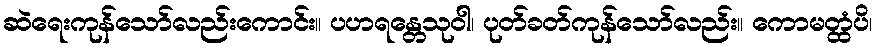
ဆဲရေးကုန်သော်လည်းကောင်း။ ပဟရန္တေသုဝါ၊ ပုတ်ခတ်ကုန်သော်လည်း။ ကောမတ္ထံပိ၊